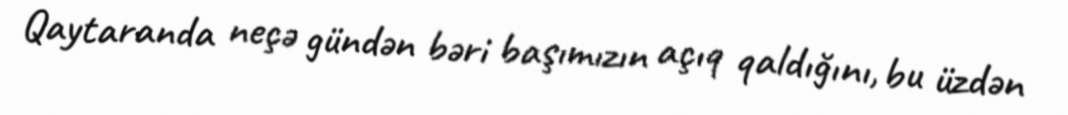
Qaytaranda neçə gündən bəri başımızın açıq qaldığını, bu üzdən